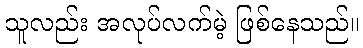
သူလည်း အလုပ်လက်မဲ့ ဖြစ်နေသည်။